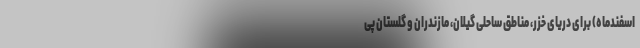
اسفندماه) برای دریای خزر، مناطق ساحلی گیلان، مازندران و گلستان پی